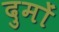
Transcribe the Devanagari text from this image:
दुमों